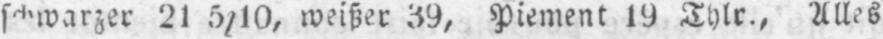
21 5/10, weißer 39, Piement 19 Thlr., Alles